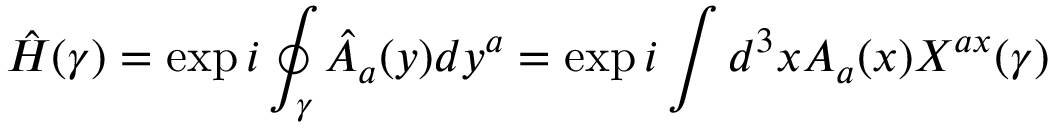
{ \hat { H } } ( \gamma ) = \exp { i \oint _ { \gamma } { \hat { A } } _ { a } ( y ) d y ^ { a } } = \exp { i \int d ^ { 3 } x A _ { a } ( x ) X ^ { a x } ( \gamma ) }